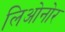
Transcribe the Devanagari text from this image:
लिओनोर